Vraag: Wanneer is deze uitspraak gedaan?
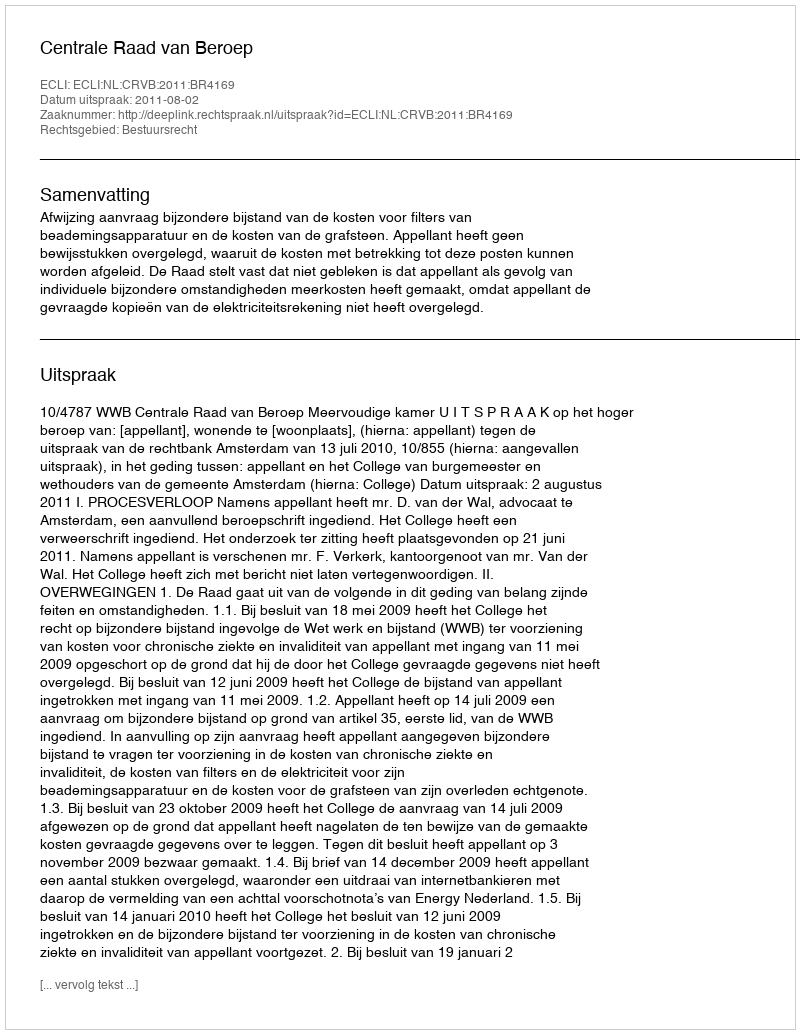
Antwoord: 2011-08-02